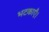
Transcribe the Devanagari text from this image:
भटकाएँ।